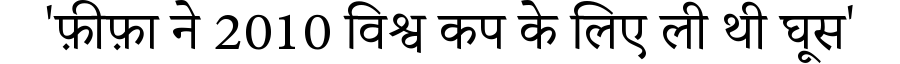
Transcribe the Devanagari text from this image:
'फ़ीफ़ा ने 2010 विश्व कप के लिए ली थी घूस'